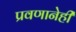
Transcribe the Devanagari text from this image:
प्रवणानेही